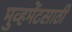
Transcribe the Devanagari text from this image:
मुव्हमेंटसाठी